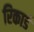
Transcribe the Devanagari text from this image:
रिकार्ड